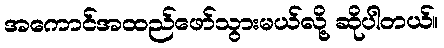
အကောင်အထည်ဖော်သွားမယ်လို့ ဆိုပါတယ်။